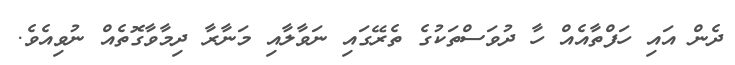
ދެން އައި ހަފްތާއެއް ހާ ދުވަސްތަކުގެ ތެރޭގައި ނަވާލާއި މަނާރާ ދިމާވާގޮތެއް ނުވިއެވެ.